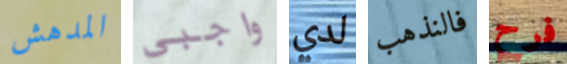
المدهش واجبي لدي فالنذهب فرح